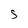
Character: S